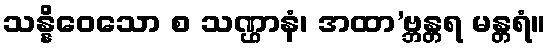
သန္နိဝေသော စ သဏ္ဌာနံ၊ အထာ’ဗ္ဘန္တရ မန္တရံ။